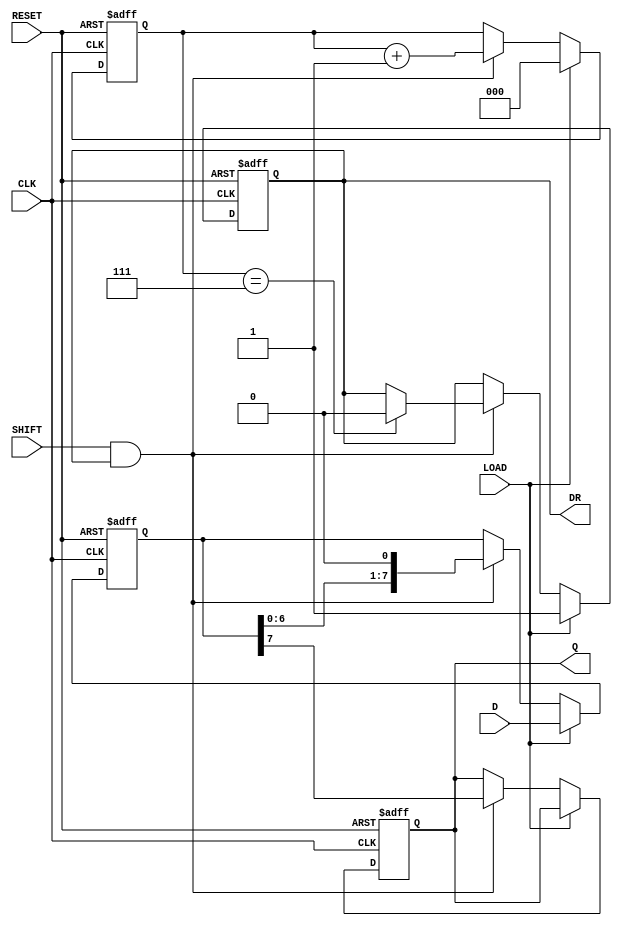
module PISO_Register (
    input wire [7:0] D,       // 8-bit data input
    input wire LOAD,          // Load control signal
    input wire SHIFT,         // Shift control signal
    input wire CLK,           // Clock signal
    input wire RESET,         // Asynchronous reset signal
    output reg Q,             // Serial output
    output reg DR             // Data ready output
);

    reg [7:0] REG;            // 8-bit storage register
    reg [2:0] bit_counter;    // Counter to track the number of bits shifted out

    always @(posedge CLK or posedge RESET) begin
        if (RESET) begin
            REG <= 8'b0;      // Clear the register on reset
            Q <= 1'b0;        // Clear the serial output
            DR <= 1'b0;       // Clear the data ready signal
            bit_counter <= 3'b0; // Reset bit counter
        end else begin
            if (LOAD) begin
                REG <= D;      // Load data into the register
                bit_counter <= 3'b0; // Reset bit counter
                DR <= 1'b1;    // Indicate data is ready
            end else if (SHIFT && DR) begin
                // Shift out the MSB
                Q <= REG[7];   // Output the MSB
                REG <= REG << 1; // Shift left
                bit_counter <= bit_counter + 1; // Increment bit counter

                // Check if all bits have been shifted out
                if (bit_counter == 3'b111) begin
                    DR <= 1'b0; // Clear data ready signal after all bits are shifted out
                end
            end
        end
    end

endmodule